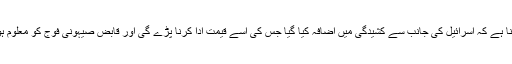
حماس سے تعلق رکھنے والے اعلیٰ رکن اسماعیل ردوان کا کہنا ہے کہ اسرائیل کی جانب سے کشیدگی میں اضافہ کیا گیا جس کی اسے قیمت ادا کرنا پڑے گی اور قابض صیہونی فوج کو معلوم ہونا چاہیے کہ جرائم کے خلاف بھرپور مزاحمت کی جائے گی۔